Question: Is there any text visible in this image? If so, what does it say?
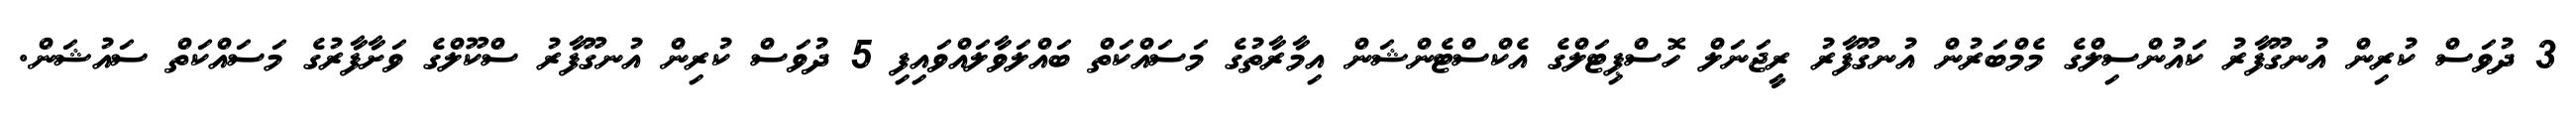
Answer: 3 ދުވަސް ކުރިން އުނގޫފާރު ކައުންސިލްގެ މެމްބަރުން އުނގޫފާރު ރީޖަނަލް ހޮސްޕިޓަލްގެ އެކްސްޓެންޝަން އިމާރާތުގެ މަސައްކަތް ބައްލަވާލައްވައިފި 5 ދުވަސް ކުރިން އުނގޫފާރު ސްކޫލްގެ ވަށާފާރުގެ މަސައްކަތް ސައުޝަން.